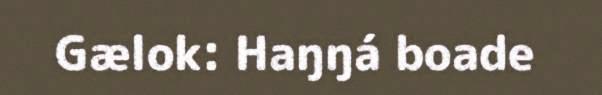
Gælok: Haŋŋá boade